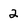
Character: 2